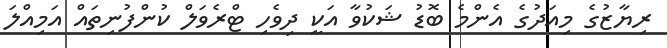
ރިޔާޒުގެ މިއަދުގެ އެންމެ ބޮޑު ޝަކުވާ އަކީ ދިވެހި ޓްރެވަލް ކުންފުނިތައް އަމިއްލަ